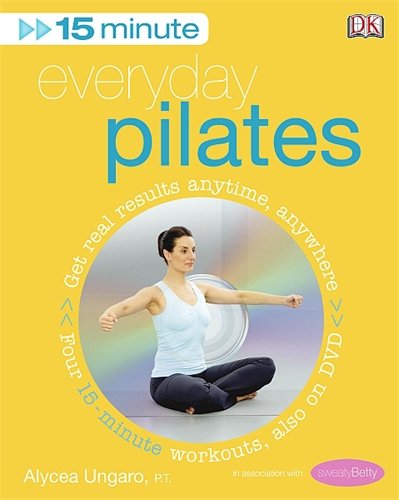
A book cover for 15-minute Everyday Pilates: Four 15-Minute Workouts: Get Real Results Anytime, Anywhere Four 15-minute Workouts (15 Minute Fitness); Alycea Ungaro; Health, Fitness & Dieting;